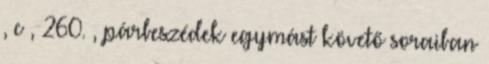
, c , 260. , párbeszédek egymást követő soraiban